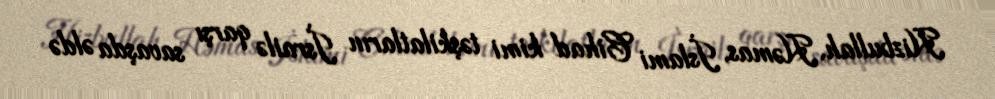
Hizbullah, Həmas, İslami Cihad kimi təşkilatların İsrailə qarşı savaşda əldə